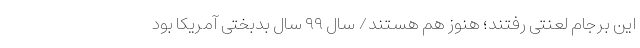
این برجام لعنتی رفتند؛ هنوز هم هستند/ سال ۹۹ سال بدبختی آمریکا بود